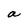
Character: a